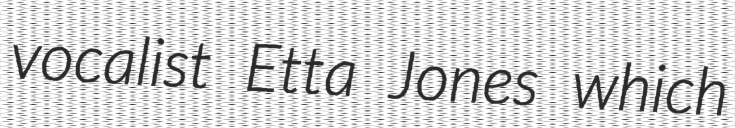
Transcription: vocalist Etta Jones which